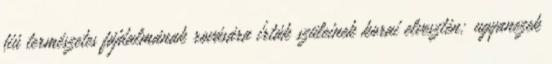
fiú természetes fájdalmának rovására írták szüleinek korai elvesztén; ugyanezek